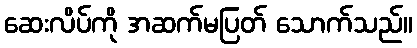
ဆေးလိပ်ကို အဆက်မပြတ် သောက်သည်။